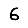
Digit: 6